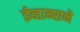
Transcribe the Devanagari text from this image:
ईव्हान्सने